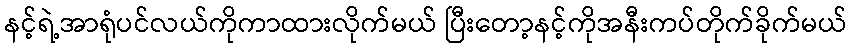
နင့်ရဲ့အာရုံပင်လယ်ကိုကာထားလိုက်မယ် ပြီးတော့နင့်ကိုအနီးကပ်တိုက်ခိုက်မယ်